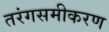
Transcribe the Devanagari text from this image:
तरंगसमीकरण